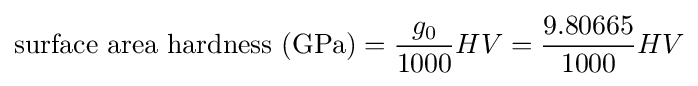
{\text{surface area hardness (GPa)}}={\frac {g_{0}}{1000}}HV={\frac {9.80665}{1000}}HV